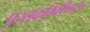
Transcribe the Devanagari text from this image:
पुस्तकविक्रीपासून